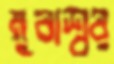
মুবাশ্বর